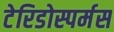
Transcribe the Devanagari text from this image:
टेरिडोस्पर्मस